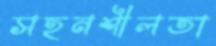
সহনশীলতা